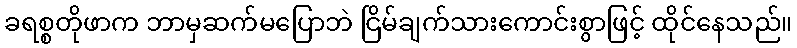
ခရစ္စတိုဖာက ဘာမှဆက်မပြောဘဲ ငြိမ်ချက်သားကောင်းစွာဖြင့် ထိုင်နေသည်။